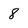
Character: 8